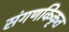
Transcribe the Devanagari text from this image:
संगणकिकृत